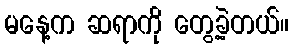
မနေ့က ဆရာကို တွေ့ခဲ့တယ်။